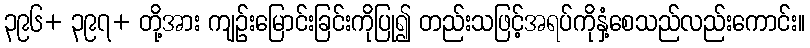
၃၉၆+ ၃၉၇+ တို့အား ကျဉ်းမြောင်းခြင်းကိုပြု၍ တည်းသဖြင့်အရပ်ကိုနှံ့စေသည်လည်းကောင်း။